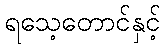
ရသေ့တောင်နှင့်